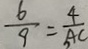
\frac { 6 } { 9 } = \frac { 4 } { A C }